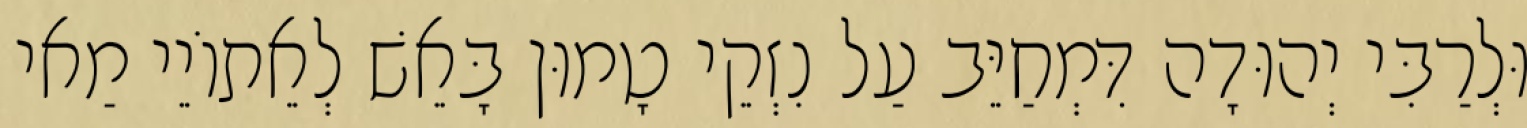
וּלְרַבִּי יְהוּדָה דִּמְחַיֵּב עַל נִזְקֵי טָמוּן בָּאֵשׁ לְאֵתוֹיֵי מַאי